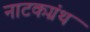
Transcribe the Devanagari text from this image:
नाटकग्रंथ